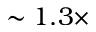
\sim 1 . 3 \times